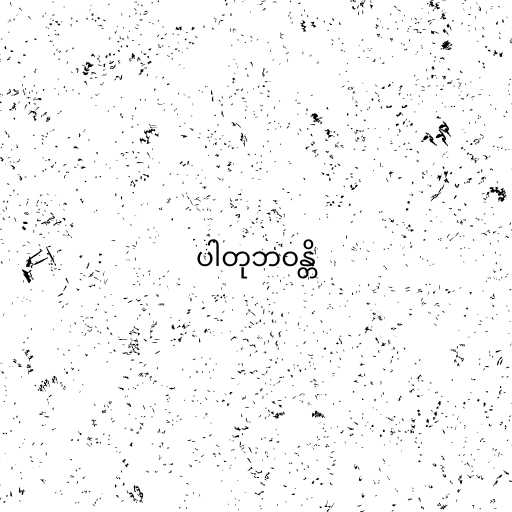
ပါတုဘဝန္တိ